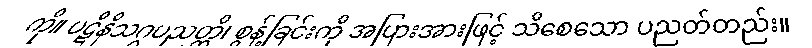
ကို။ ပဋိနိသဂ္ဂပညတ္တိ၊ စွန့်ခြင်းကို အပြားအားဖြင့် သိစေသော ပညတ်တည်း။